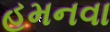
હમનવા